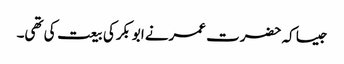
جیسا کہ حضرت عمرنے ابوبکرکی بیعت کی تھی۔